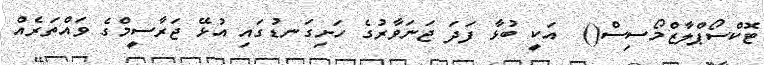
ޓޮކްސޯޕްލާޒްމޯސިސް()  އަކީ ބުޅާ ފަދަ ޖަނަވާރުގެ ހަށިގަނޑުގައި އުޅޭ ޖަރާސީމްގެ ވައްތަރެއް